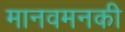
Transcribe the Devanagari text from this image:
मानवमनकी